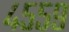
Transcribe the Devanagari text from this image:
४५५९